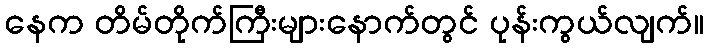
နေက တိမ်တိုက်ကြီးများနောက်တွင် ပုန်းကွယ်လျက်။